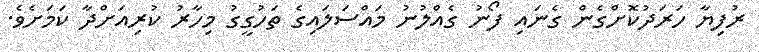
ރުފިޔާ ހަރަދުކޮށްގެން ގެނައި ފޯނު ގެއްލުނު މައްސަލައިގެ ތަހުގީގު މިހާރު ކުރިއަށްދާ ކަމަށެވެ.